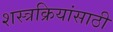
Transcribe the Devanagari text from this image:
शस्त्रक्रियांसाठी